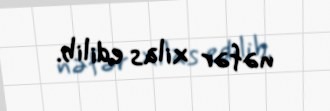
nəfər xilas edilib.